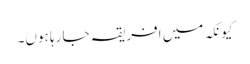
کیونکہ میں افریقہ جا رہا ہوں۔